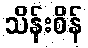
သိန်းစိန်